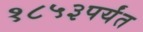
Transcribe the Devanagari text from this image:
१८५३पर्यंत